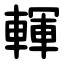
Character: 䡣